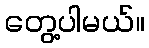
တွေ့ပါမယ်။